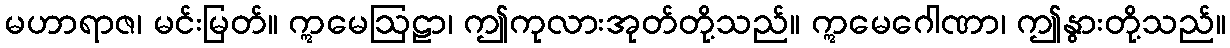
မဟာရာဇ၊ မင်းမြတ်။ ဣမေဩဠာ၊ ဤကုလားအုတ်တို့သည်။ ဣမေဂေါဏာ၊ ဤနွားတို့သည်။